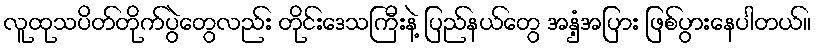
လူထုသပိတ်တိုက်ပွဲတွေလည်း တိုင်းဒေသကြီးနဲ့ ပြည်နယ်တွေ အနှံ့အပြား ဖြစ်ပွားနေပါတယ်။